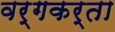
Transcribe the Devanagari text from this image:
वर्गकर्ता